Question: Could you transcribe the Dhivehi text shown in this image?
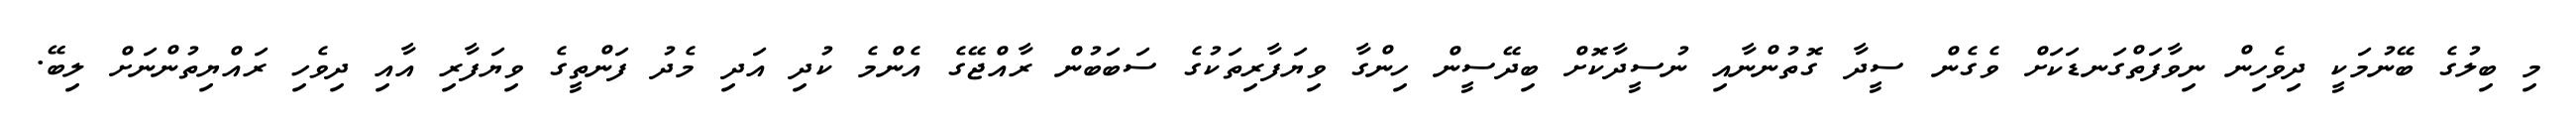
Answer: މި ބިލުގެ ބޭނުމަކީ ދިވެހިން ނިވާފަތްގަނޑަކަށް ވެގެން ސީދާ ގޮތުންނާއި ނުސީދާކޮށް ބިދޭސީން ހިންގާ ވިޔަފާރިތަކުގެ ސަބަބުން ރާއްޖޭގެ އެންމެ ކުދި އަދި މެދު ފަންތީގެ ވިޔަފާރި އާއި ދިވެހި ރައްޔިތުންނަށް ލިބޭ.